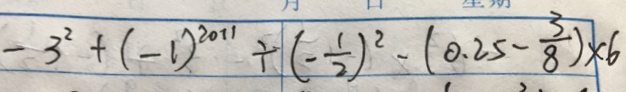
- 3 ^ { 2 } + ( - 1 ) ^ { 2 0 1 1 } \div ( - \frac { 1 } { 2 } ) ^ { 2 } - ( 0 . 2 5 - \frac { 3 } { 8 } ) \times 6